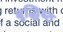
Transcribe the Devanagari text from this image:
बुद्धिष्‍ठ